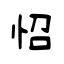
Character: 怊